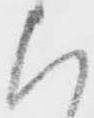
上